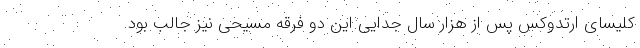
کلیسای ارتدوکس پس از هزار سال جدایی این دو فرقه مسیحی نیز جالب بود.